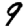
Digit: 9